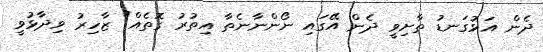
ދެން އަޅުގަނޑު ތާށިވީ ދެން އޭގައި ނޯންނާނެތާ އިތުރު ގޮތެއް" ޒާހިރު ވިދާޅުވީ